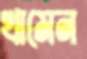
খামেন